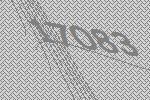
17083